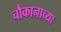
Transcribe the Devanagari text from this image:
चौकानाच्या